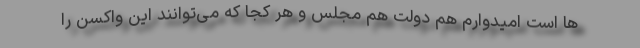
ها است امیدوارم هم دولت هم مجلس و هر کجا که می‌توانند این واکسن را